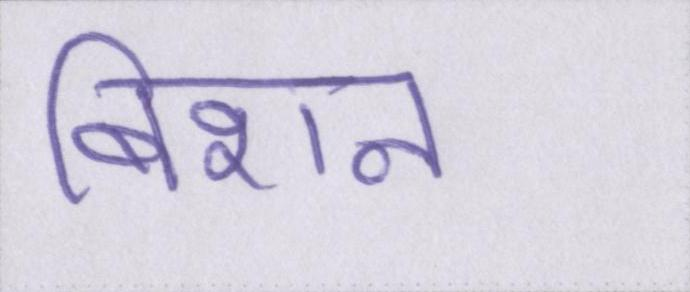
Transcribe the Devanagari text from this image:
बिशन